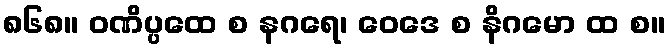
၈၆၈။ ဝဏိပ္ပထေ စ နဂရေ၊ ဝေဒေ စ နိဂမော ထ စ။